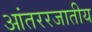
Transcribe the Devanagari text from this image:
आंतररजातीय